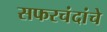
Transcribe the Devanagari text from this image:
सफरचंदांचे